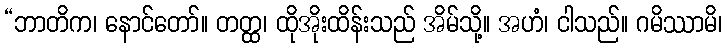
“ဘာတိက၊ နောင်တော်။ တတ္ထ၊ ထိုအိုးထိန်းသည် အိမ်သို့။ အဟံ၊ ငါသည်။ ဂမိဿာမိ၊